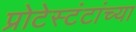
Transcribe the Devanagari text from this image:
प्रोटेस्टंटांच्या